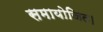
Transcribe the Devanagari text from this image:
समायोजित।